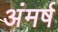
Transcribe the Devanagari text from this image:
अंमर्ष